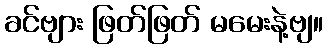
ခင်ဗျား ဖြတ်ဖြတ် မမေးနဲ့ဗျ။